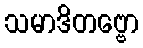
သမာဒိတဗ္ဗော